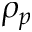
\rho _ { p }